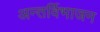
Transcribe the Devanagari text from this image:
अन्तर्विभाजन